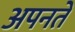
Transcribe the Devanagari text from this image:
अपनते